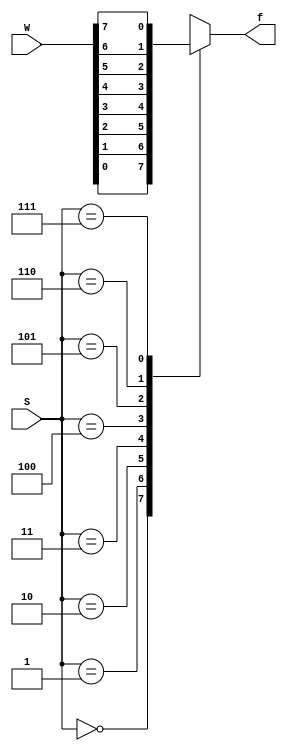
module mux8to1_case (W, S, f);

input [7:0] W;
input [2:0] S;
output reg f;

always @(W or S)
case (S)
0 : f = W[0];
1 : f = W[1];
2 : f = W[2];
3 : f = W[3];
4 : f = W[4];
5 : f = W[5];
6 : f = W[6];
7 : f = W[7];
endcase

endmodule